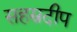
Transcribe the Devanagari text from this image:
सहस्रदीप